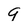
Character: 9